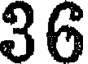
36